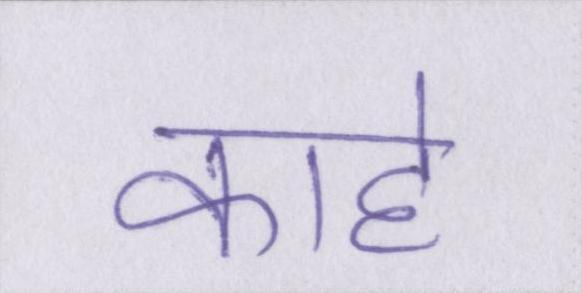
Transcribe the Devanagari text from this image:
काहे